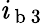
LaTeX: \mathit{i}_{\mathrm{{~b~3~}}}